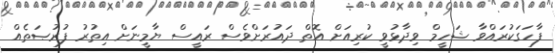
ފާހަގަކުރައްވާ ޝަހީމް ވިދާޅުވީ ކުރިއަށް އޮތް ދައުރަށްވެސް ރައީސް ޔާމީނަށް އިތުރު ފުރުޞަތެއް